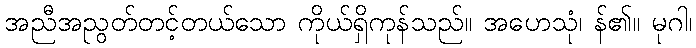
အညီအညွတ်တင့်တယ်သော ကိုယ်ရှိကုန်သည်။ အဟေသုံ၊ န်၏။ မုဂါ၊